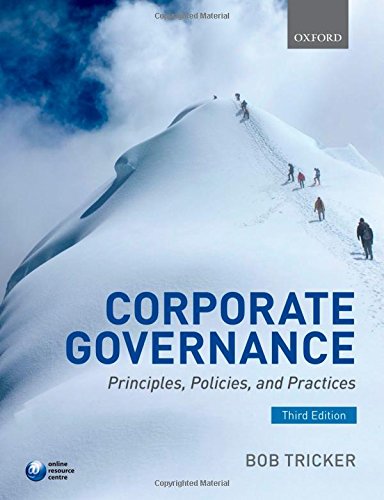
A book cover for Corporate Governance: Principles, Policies, and Practices; R. I. (Bob) Tricker; Law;